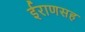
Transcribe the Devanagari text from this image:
ईराणसह